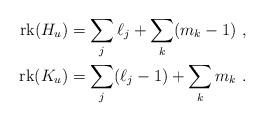
LaTeX: \begin{align*}\mathrm{rk}(H_u)=\sum\limits_j \ell_j+\sum\limits_k (m_k-1)\ ,\\\mathrm{rk}(K_u)=\sum\limits_j (\ell_j-1)+\sum\limits_k m_k\ .\end{align*}